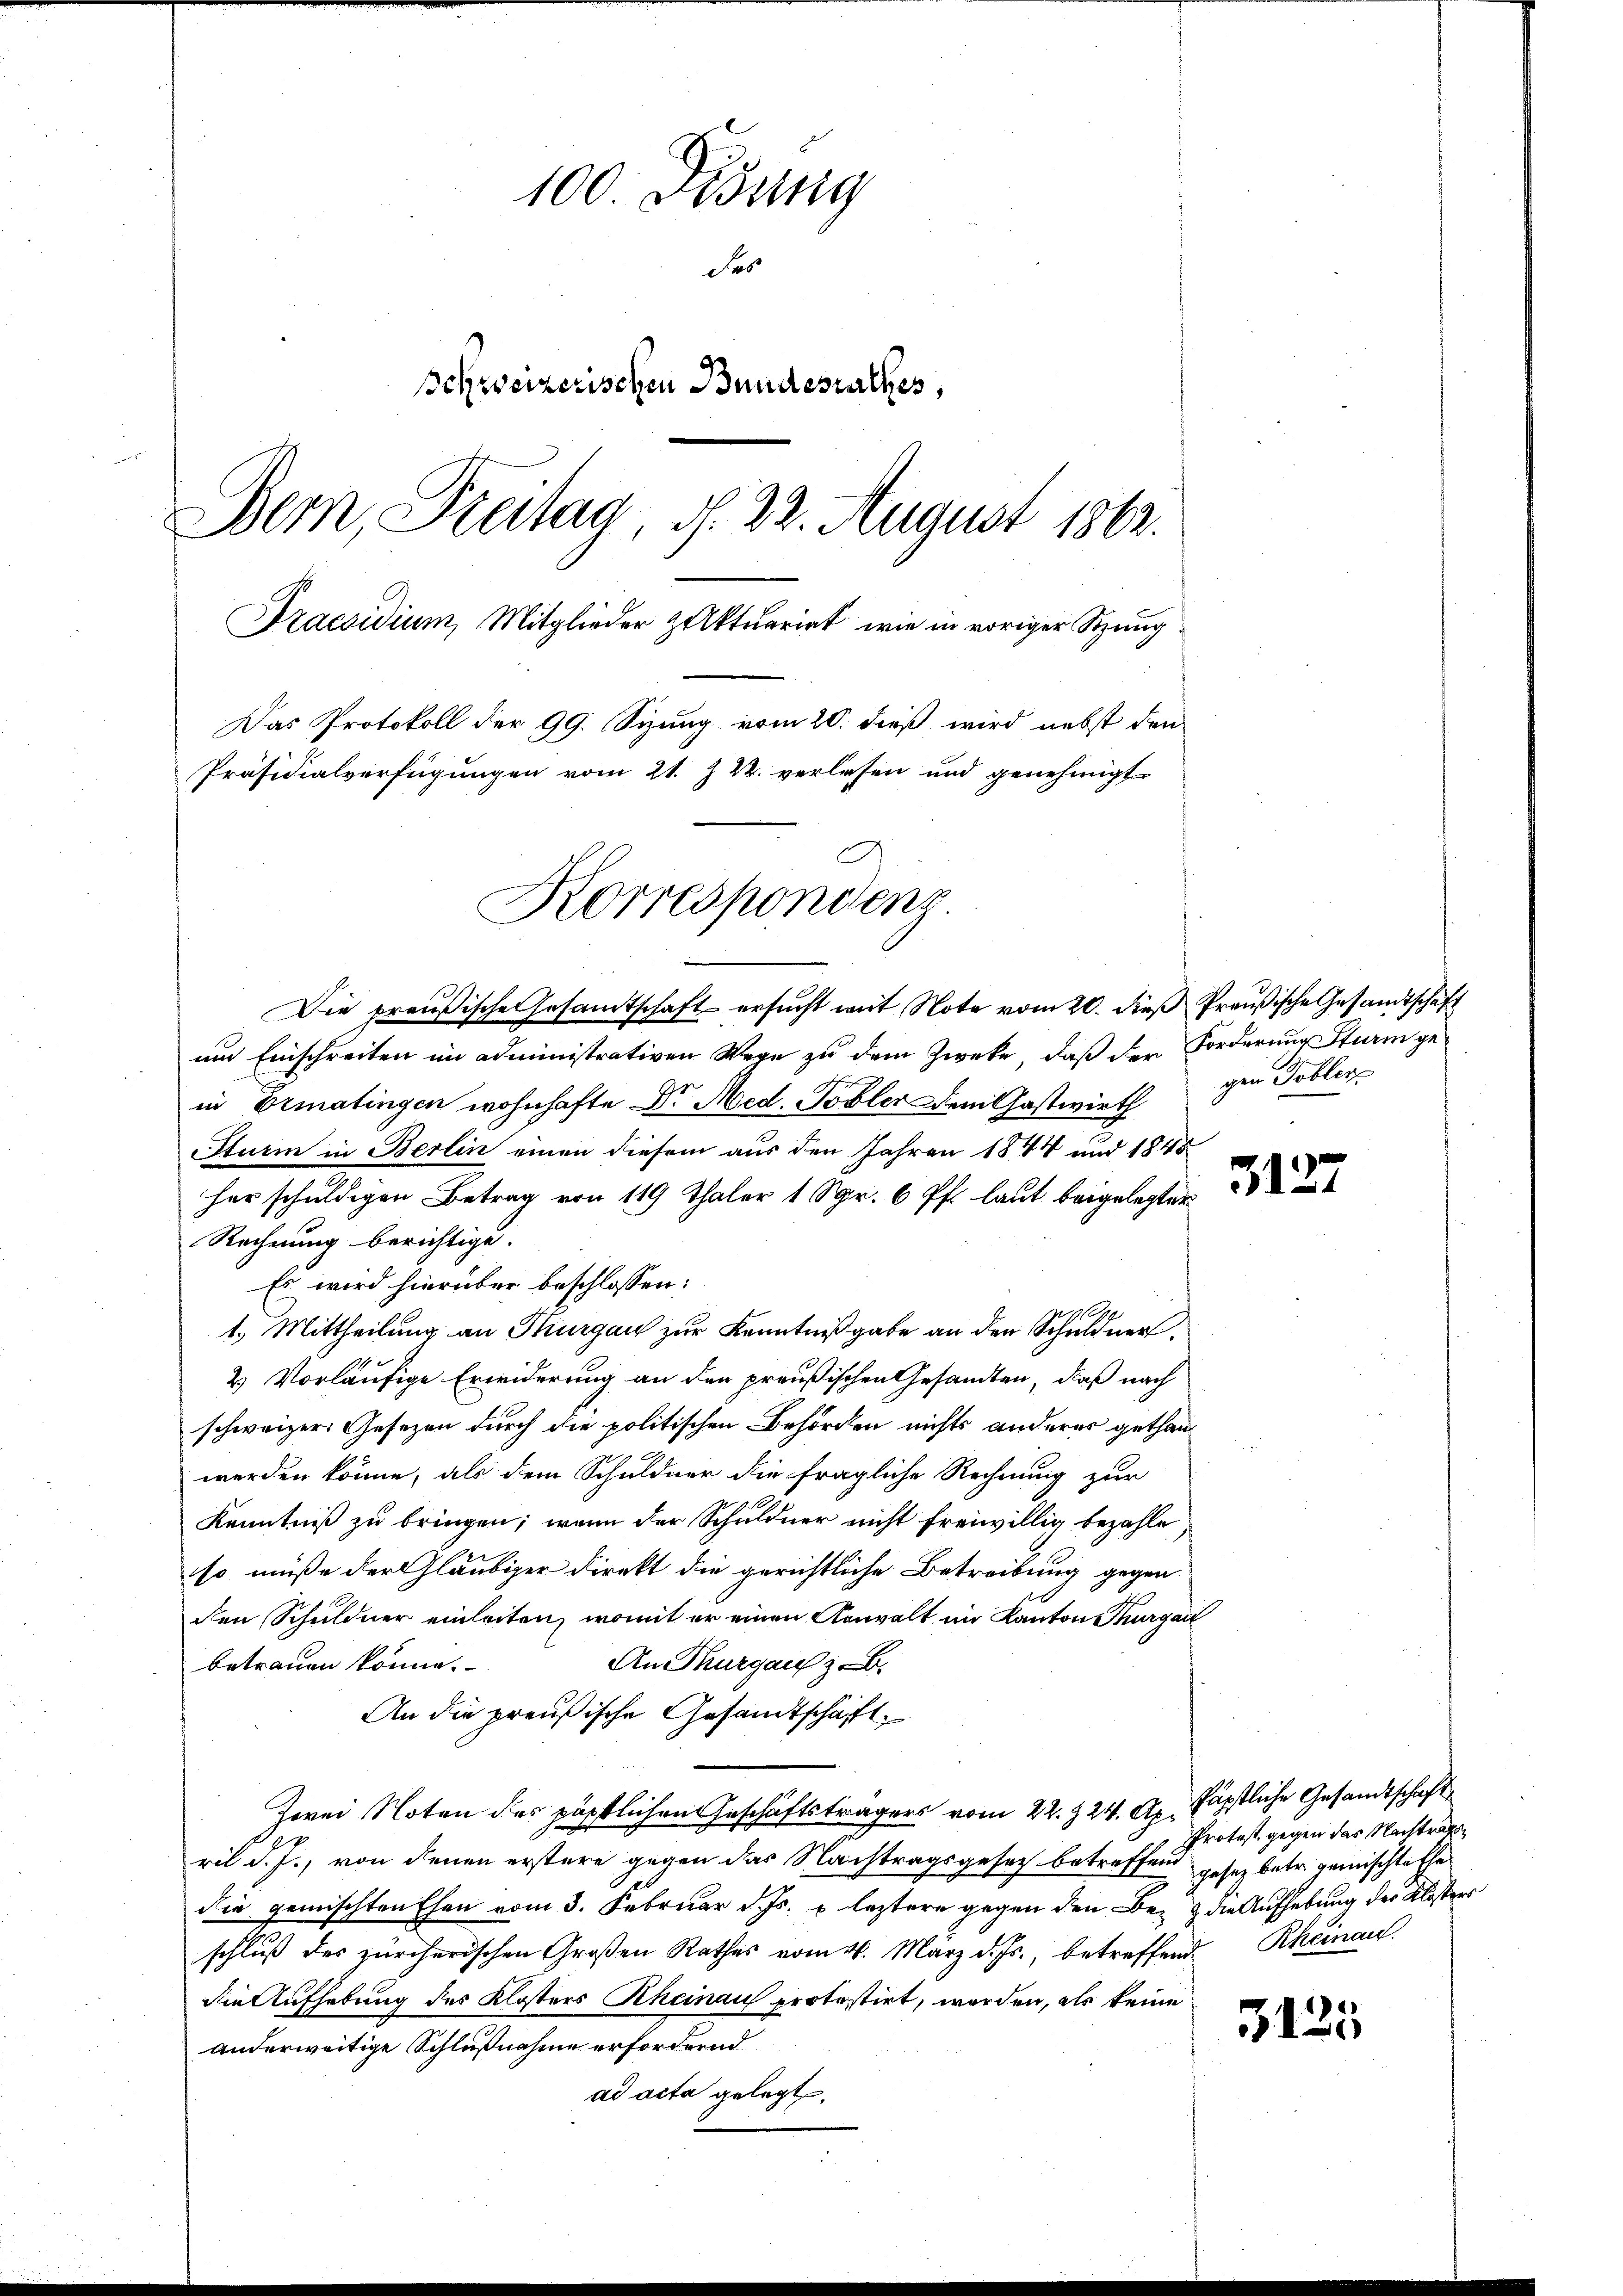
100 Didung
Fes
Schweizerischen Bundesrathes,
Bem, Freitag, d. 22. August 1862.
Praesidium, Mitglieder zuktuarirt, wie in voriger Sitzung
Das Protokoll der 99. Sizung vom 20. dieß wird nebst den
Präsidialverfügungen vom 21. J. R. verlesen und genehmigt

Korrespondens
Die preußische Gesamtschaft ersucht mit Note vom 20. dieß Preußische Gesandtschaft

um Einschreiten im administrativen Wege zu dem Zweke, daß der Forderung Sturm gein Ermatingen wohnhafte Dr. Med. Tobler dem Gastwirth
Sturm in Berlin einen diesem aus den Jahren 1844 und 1845
her schuldigen Betrag von 119 Thaler 1 Sgr. 6 Pf. laut beigelegter
Rechnung berichtige.
Es wird hierüber beschlossen:
1.) Mittheilung an Thurgau zur Kenntnißgabe an den Schuldners
2) Vorläufige Erwiderung an den preußischen Gesandten, daß nach
schweizer. Gesezen durch die politischen Behörden nichts anderer gethanwerden könne, als dem Schuldner die fragliche Rechnung zur
Kenntniß zu bringen; wenn der Schuldner nicht freiwillig bezahle,
so müße der Gläubiger Direkt die gerichtliche Betreibung gegen
den Schuldner einleiten, womit er einen Anwalt im Kanton Thurgau
An Thurgau z.B.
betrauen könne.
An die preußische Gesandtschaft
Zwei Noten des päpstlichen Geschäftsträgers vom 22. & 24. A. Fäpstliche Gesandtschaft
ril d. J., von denen erstere gegen das Nachtragsgesetz betreffend
die gemischten Ehen vom 3. Februar d. Js. u. leztere gegen den Bez & die Aufhebung der Kloster
schluß des zürcherischen Großen Rathes vom 4. März d. Js., betreffend
die Aufhebung des Klosters Rheinau protestirt, worden, als keine
anderweitige Schlußnahme erfordernd.
ad acta gelegt.

gen Tobler

3127

Protest gegen das Nachtrags
gesez betr. gemischte Ehe
Rheinau.

2